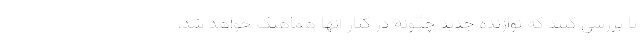
تا بررسی کنند که نوازنده جدید چگونه در کنار آنها هماهنگ خواهد شد،